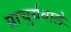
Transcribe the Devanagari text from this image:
प्राचुर्यवाले